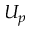
U _ { p }